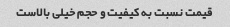
قیمت نسبت به کیفیت و حجم خیلی بالاست